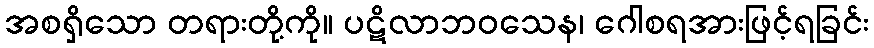
အစရှိသော တရားတို့ကို။ ပဋိလာဘဝသေန၊ ဂေါစရအားဖြင့်ရခြင်း